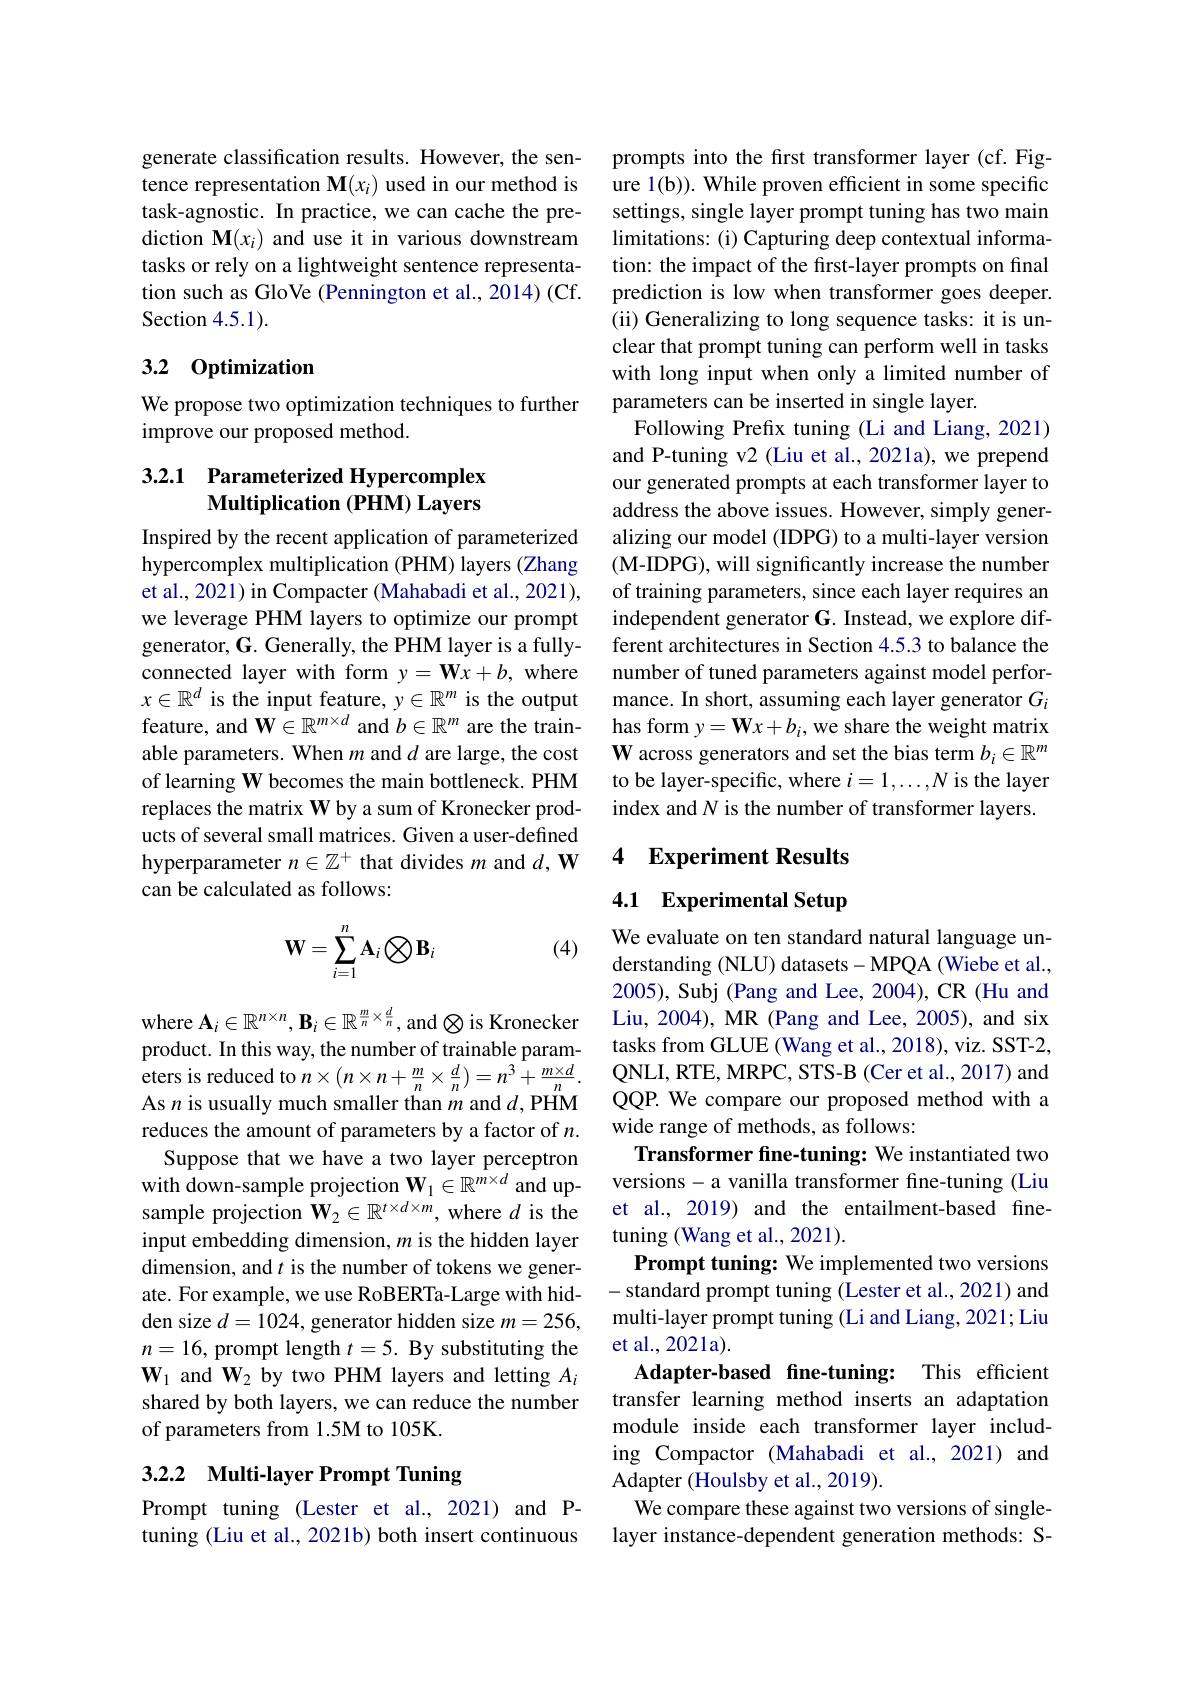
generate classification results. However, the sentence representation M$(x_i)$ used in our method is task-agnostic. In practice, we can cache the prediction M$(x_i)$ and use it in various downstream tasks or rely on a lightweight sentence representation such as GloVe (Pennington et al., 2014) (Cf. Section 4.5.1).

## 3.2 0ptimization

We propose two optimization techniques to further
improve our proposed method.

## 3.2.1 Parameterized Hypercomplex Multiplication (PHM) Layers

Inspired by the recent application of parameterized hypercomplex multiplication (PHM) layers (Zhang et al., 2021) in Compacter (Mahabadi et al., 2021), we leverage PHM layers to optimize our prompt generator, G. Generally, the PHM layer is a fullyconnected layer with form $y=\mathbf{W}x+b$, where $x\in\mathbb{R}^d$ is the input feature, $y\in\mathbb{R}^m$ is the output feature, and $\mathbf{W}\in\mathbb{R}^m\times d$ and $b\in\mathbb{R}^m$ are the trainable parameters. When $m$ and $d$ are large, the cost of learning W becomes the main bottleneck. PHM replaces the matrix W by a sum of Kronecker products of several small matrices. Given a user-defined hyperparameter $n\in\mathbb{Z}^+$ that divides $m$ and $d,\mathbf{W}$ can be calculated as follows:

(4)
$$\mathbf{W}=\sum_{i=1}^n\mathbf{A}_i\bigotimes\mathbf{B}_i$$
where $\mathbf{A}_i\in\mathbb{R}^{n\times n},\mathbf{B}_i\in\mathbb{R}^{\frac mn\times\frac dn}$, and$\otimes$ is Kronecker product. In this way, the number of trainable parameters is reduced to $n\times(n\times n+\frac mn\times\frac dn)=n^{3}+\frac{m\times d}n.$ As $n$ is usually much smaller than $m$ and $d$,PHM reduces the amount of parameters by a factor of $n.$ Suppose that we have a two layer perceptron
with down-sample projection $\mathbf{W}_1\in\mathbb{R}^{m\times d}$ and upsample projection $\mathbf{W}_2\in\mathbb{R}^{t\times d\times m}$, where $d$ is the input embedding dimension, $m$ is the hidden layer dimension, and $t$ is the number of tokens we generate. For example, we use RoBERTa-Large with hidden size $d=1024$, generator hidden size $m=256$, $n=16$, prompt length $t=5.$ By substituting the $\mathbf{W}_1$ and $\mathbf{W}_2$ by two PHM layers and letting $A_i$ shared by both layers, we can reduce the number of parameters from 1.5M to 105K.

## 3.2.2 Multi-layer Prompt Tuning

Prompt tuning (Lester et al., 2021) and Ptuning (Liu et al., 2021b) both insert continuous

prompts into the frst transformer layer (cf.Figure 1(b)). While proven efficient in some specific settings, single layer prompt tuning has two main limitations: (i) Capturing deep contextual information: the impact of the first-layer prompts on final prediction is low when transformer goes deeper. (ii) Generalizing to long sequence tasks: it is unclear that prompt tuning can perform well in tasks with long input when only a limited number of parameters can be inserted in single layer.
Following Prefix tuning (Li and Liang, 2021) and P-tuning v2 (Liu et al., 2021a), we prepend our generated prompts at each transformer layer to address the above issues. However, simply generalizing our model (IDPG) to a multi-layer version (M-IDPG), will significantly increase the number of training parameters, since each layer requires an independent generator G. Instead, we explore different architectures in Section 4.5.3 to balance the number of tuned parameters against model performance. In short, assuming each layer generator $G_i$ has form y= Wx+bi, we share the weight matrix W across generators and set the bias term $b_i\in\mathbb{R}^m$ to be layer-specific, where $i=1,\ldots,N$ is the layer index and $N$ is the number of transformer layers.

### 4 Experiment Results

### 4.1 Experimental Setup

We evaluate on ten standard natural language understanding (NLU) datasets- MPQA (Wiebe et al., 2005), Subj (Pang and Lee, 2004), CR (Hu and Liu, 2004), MR (Pang and Lee, 2005), and six tasks from GLUE (Wang et al., 2018), viz. SST-2, QNLI, RTE, MRPC, STS- B ( Cer et al. , 2017) and QQP. We compare our proposed method with a wide range of methods, as follows:
Transformer fine-tuning: We instantiated two versions- a vanilla transformer fine-tuning (Liu et al., 2019) and the entailment-based finetuning (Wang et al., 2021).
Prompt tuning: We implemented two versions - standard prompt tuning (Lester et al., 2021) and multi-layer prompt tuning (Li and Liang, 2021; Liu et al., 2021a).
Adapter-based fine-tuning: This efficient transfer learning method inserts an adaptation module inside each transformer layer including Compactor (Mahabadi et al.,2021) and Adapter (Houlsby et al., 2019).
We compare these against two versions of singlelayer instance-dependent generation methods: S-